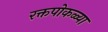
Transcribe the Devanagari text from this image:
रक्तपोकळ्या